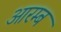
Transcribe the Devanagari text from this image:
आरम्ब